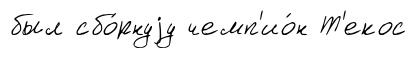
был сбо́рнуjу чемп'ио́н Т'екос